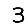
Digit: 3